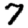
Digit: 7